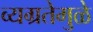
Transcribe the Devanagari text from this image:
व्यग्रतेमुळे